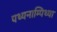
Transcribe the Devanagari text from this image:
पथ्यनाम्पिथ्या